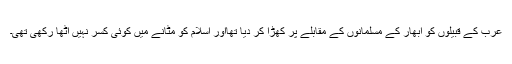
عرب کے قبیلوں کو ابھار کے مسلمانوں کے مقابلے پر کھڑا کر دیا تھااور اسلام کو مٹانے میں کوئی کسر نہیں اٹھا رکھی تھی۔